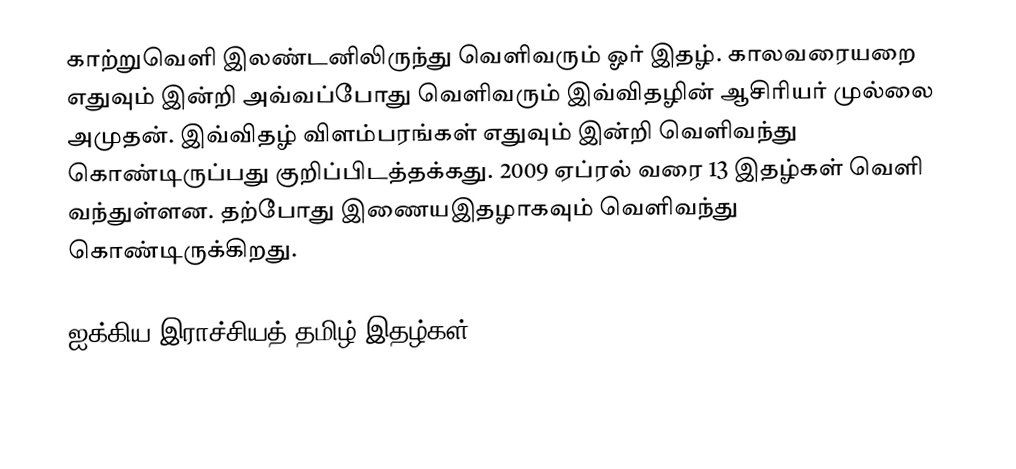
காற்றுவெளி இலண்டனிலிருந்து வெளிவரும் ஓர் இதழ். காலவரையறை எதுவும் இன்றி அவ்வப்போது வெளிவரும் இவ்விதழின் ஆசிரியர் முல்லை அமுதன். இவ்விதழ் விளம்பரங்கள் எதுவும் இன்றி வெளிவந்து கொண்டிருப்பது குறிப்பிடத்தக்கது. 2009 ஏப்ரல் வரை 13 இதழ்கள் வெளி வந்துள்ளன. தற்போது இணையஇதழாகவும் வெளிவந்து கொண்டிருக்கிறது.

ஐக்கிய இராச்சியத் தமிழ் இதழ்கள்